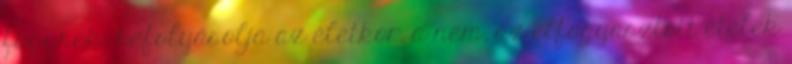
függnek: befolyásolja az életkor, a nem, az elfogyasztott ételek